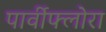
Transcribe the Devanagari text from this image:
पार्वीफ्लोरा